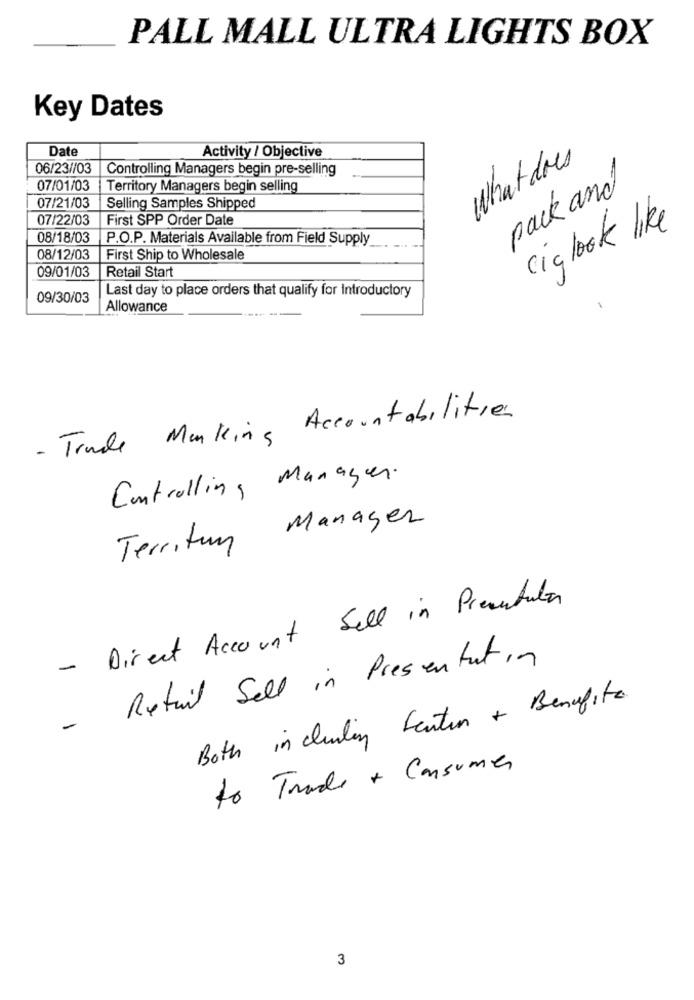
PALL MALL ULTRA LIGHTS BOX
Key Dates
Date
Activity / Objective
What does
06/23//03
Controlling Managers begin pre-selling
07/01/03
Territory Managers begin selling
pack and
07/21/03
Selling Samples Shipped
07/22/03
First SPP Order Date
ciglook like
08/18/03
P.O.P. Materials Available from Field Supply
08/12/03
First Ship to Wholesale
09/01/03
Retail Start
Last day to place orders that qualify for Introductory
09/30/03
Allowance
-----
- Trade Marking Accountabilities
Controlling Managen.
Territory Manager
- Direct Account Sell in Presentata
- Retail Sell in Presentation
Both including Leaten & Benefits.
to Trade + Consumer
3